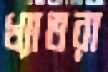
খ্যাতরা